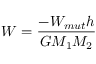
W = \displaystyle \frac { - W _ { m u t } h } { G M _ { 1 } M _ { 2 } }